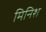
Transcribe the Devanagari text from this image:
मिनिश